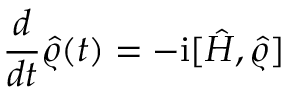
\frac { d } { d t } \hat { \varrho } ( t ) = - \mathrm { i } [ \hat { H } , \hat { \varrho } ]